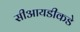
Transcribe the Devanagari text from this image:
सीआयडीकडे